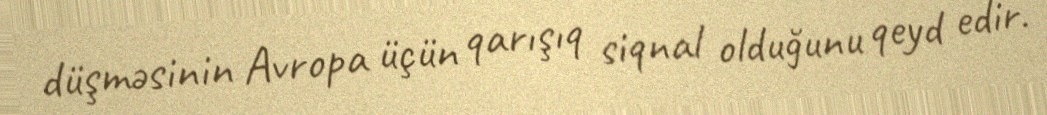
düşməsinin Avropa üçün qarışıq siqnal olduğunu qeyd edir.